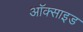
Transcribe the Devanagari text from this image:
अॉक्साइड